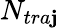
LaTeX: N_{tra\mathbf{j}}